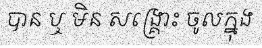
បាន ឬ មិន សង្គ្រោះ ចូលក្នុង